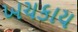
ખચકાય